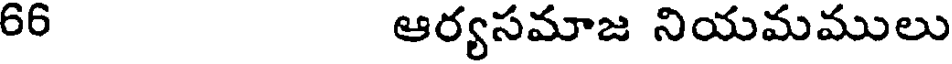
66 ఆర్యసమాజ నియమములు